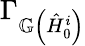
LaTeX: \Gamma_{\mathbb{G}\left(\hat{H}_{0}^{i}\right)}